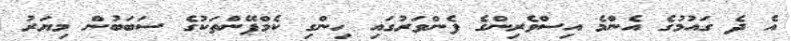
އެ ދެ ގައުމުގެ އެންމެ އިސްވެރިންގެ ފެންވަރުގައި ހިންގި ކެމްޕޭންތަކުގެ ސަބަބުން މިޔަރު